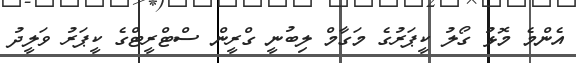
އެންމެ މޮޅު ގޯލު ކީޕަރުގެ މަގާމް ލިބުނީ ގްރީން ސްޓްރީޓްގެ ކީޕަރު ވަލީދު